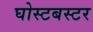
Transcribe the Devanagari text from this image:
घोस्टबस्टर